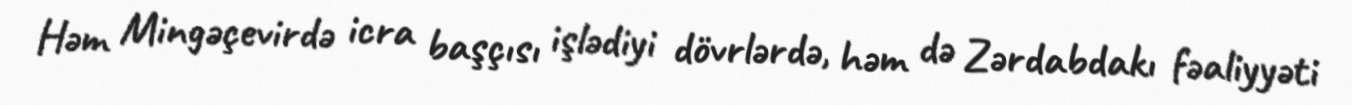
Həm Mingəçevirdə icra başçısı işlədiyi dövrlərdə, həm də Zərdabdakı fəaliyyəti